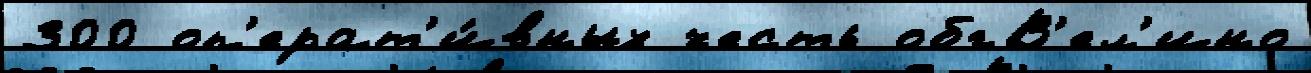
300 оп'ерат'и́вных честь обгВ'ел'ино